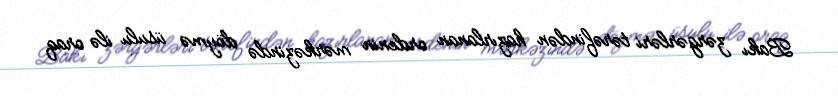
Bakı zərgərləri tərəfindən hazırlanan ordenin mərkəzində döymə üsulu ilə oraq